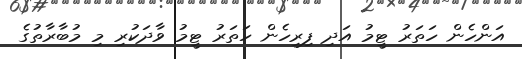
އަންހެން ހަތަރު ޓީމު އަދި ފިރިހެން ހަތަރު ޓީމު ވާދަކުރި މި މުބާރާތުގެ